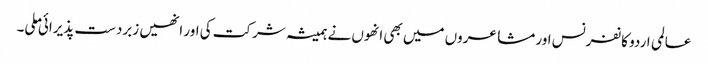
عالمی اردو کانفرنس اور مشاعروں میں بھی انھوں نے ہمیشہ شرکت کی اور انھیں زبردست پذیرائی ملی۔